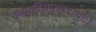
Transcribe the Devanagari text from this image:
द्रव्यादिसप्तपदार्थाः।